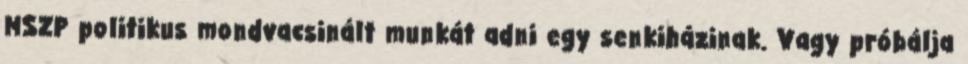
MSZP politikus mondvacsinált munkát adni egy senkiházinak. Vagy próbálja